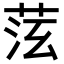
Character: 𦯫